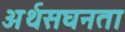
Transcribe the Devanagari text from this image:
अर्थसघनता